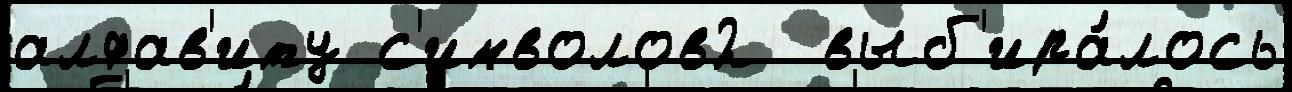
алфав'иту с'имволов2  выб'ира́лось